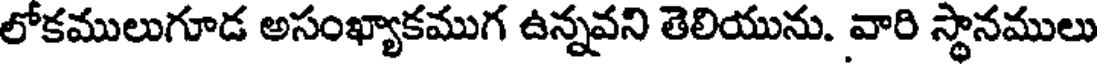
లోకములుగూడ అసంఖ్యాకముగ ఉన్నవని తెలియును. వారి స్థానములు